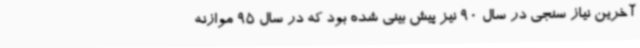
آخرین نیاز سنجی در سال 90 نیز پیش بینی شده بود که در سال 95 موازنه